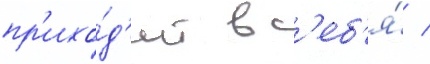
пр'ихо́д'ит в с'еб'я́ /